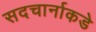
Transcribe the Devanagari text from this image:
सदचार्नाकडे